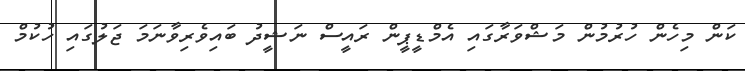
ކަން މިހެން ހުރުމުން މަޝްވަރާގައި އެމްޑީޕީން ރައީސް ނަޝީދު ބައިވެރިވާނަމަ ޖަލުގައި ހުކުމް